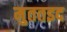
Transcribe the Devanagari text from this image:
मुततइद